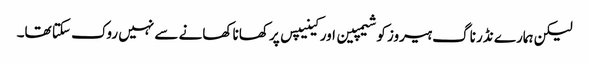
لیکن ہمارے نڈر ناگ ہیروز کو شیمپین اور کینیپس پر کھانا کھانے سے نہیں روک سکتا تھا۔